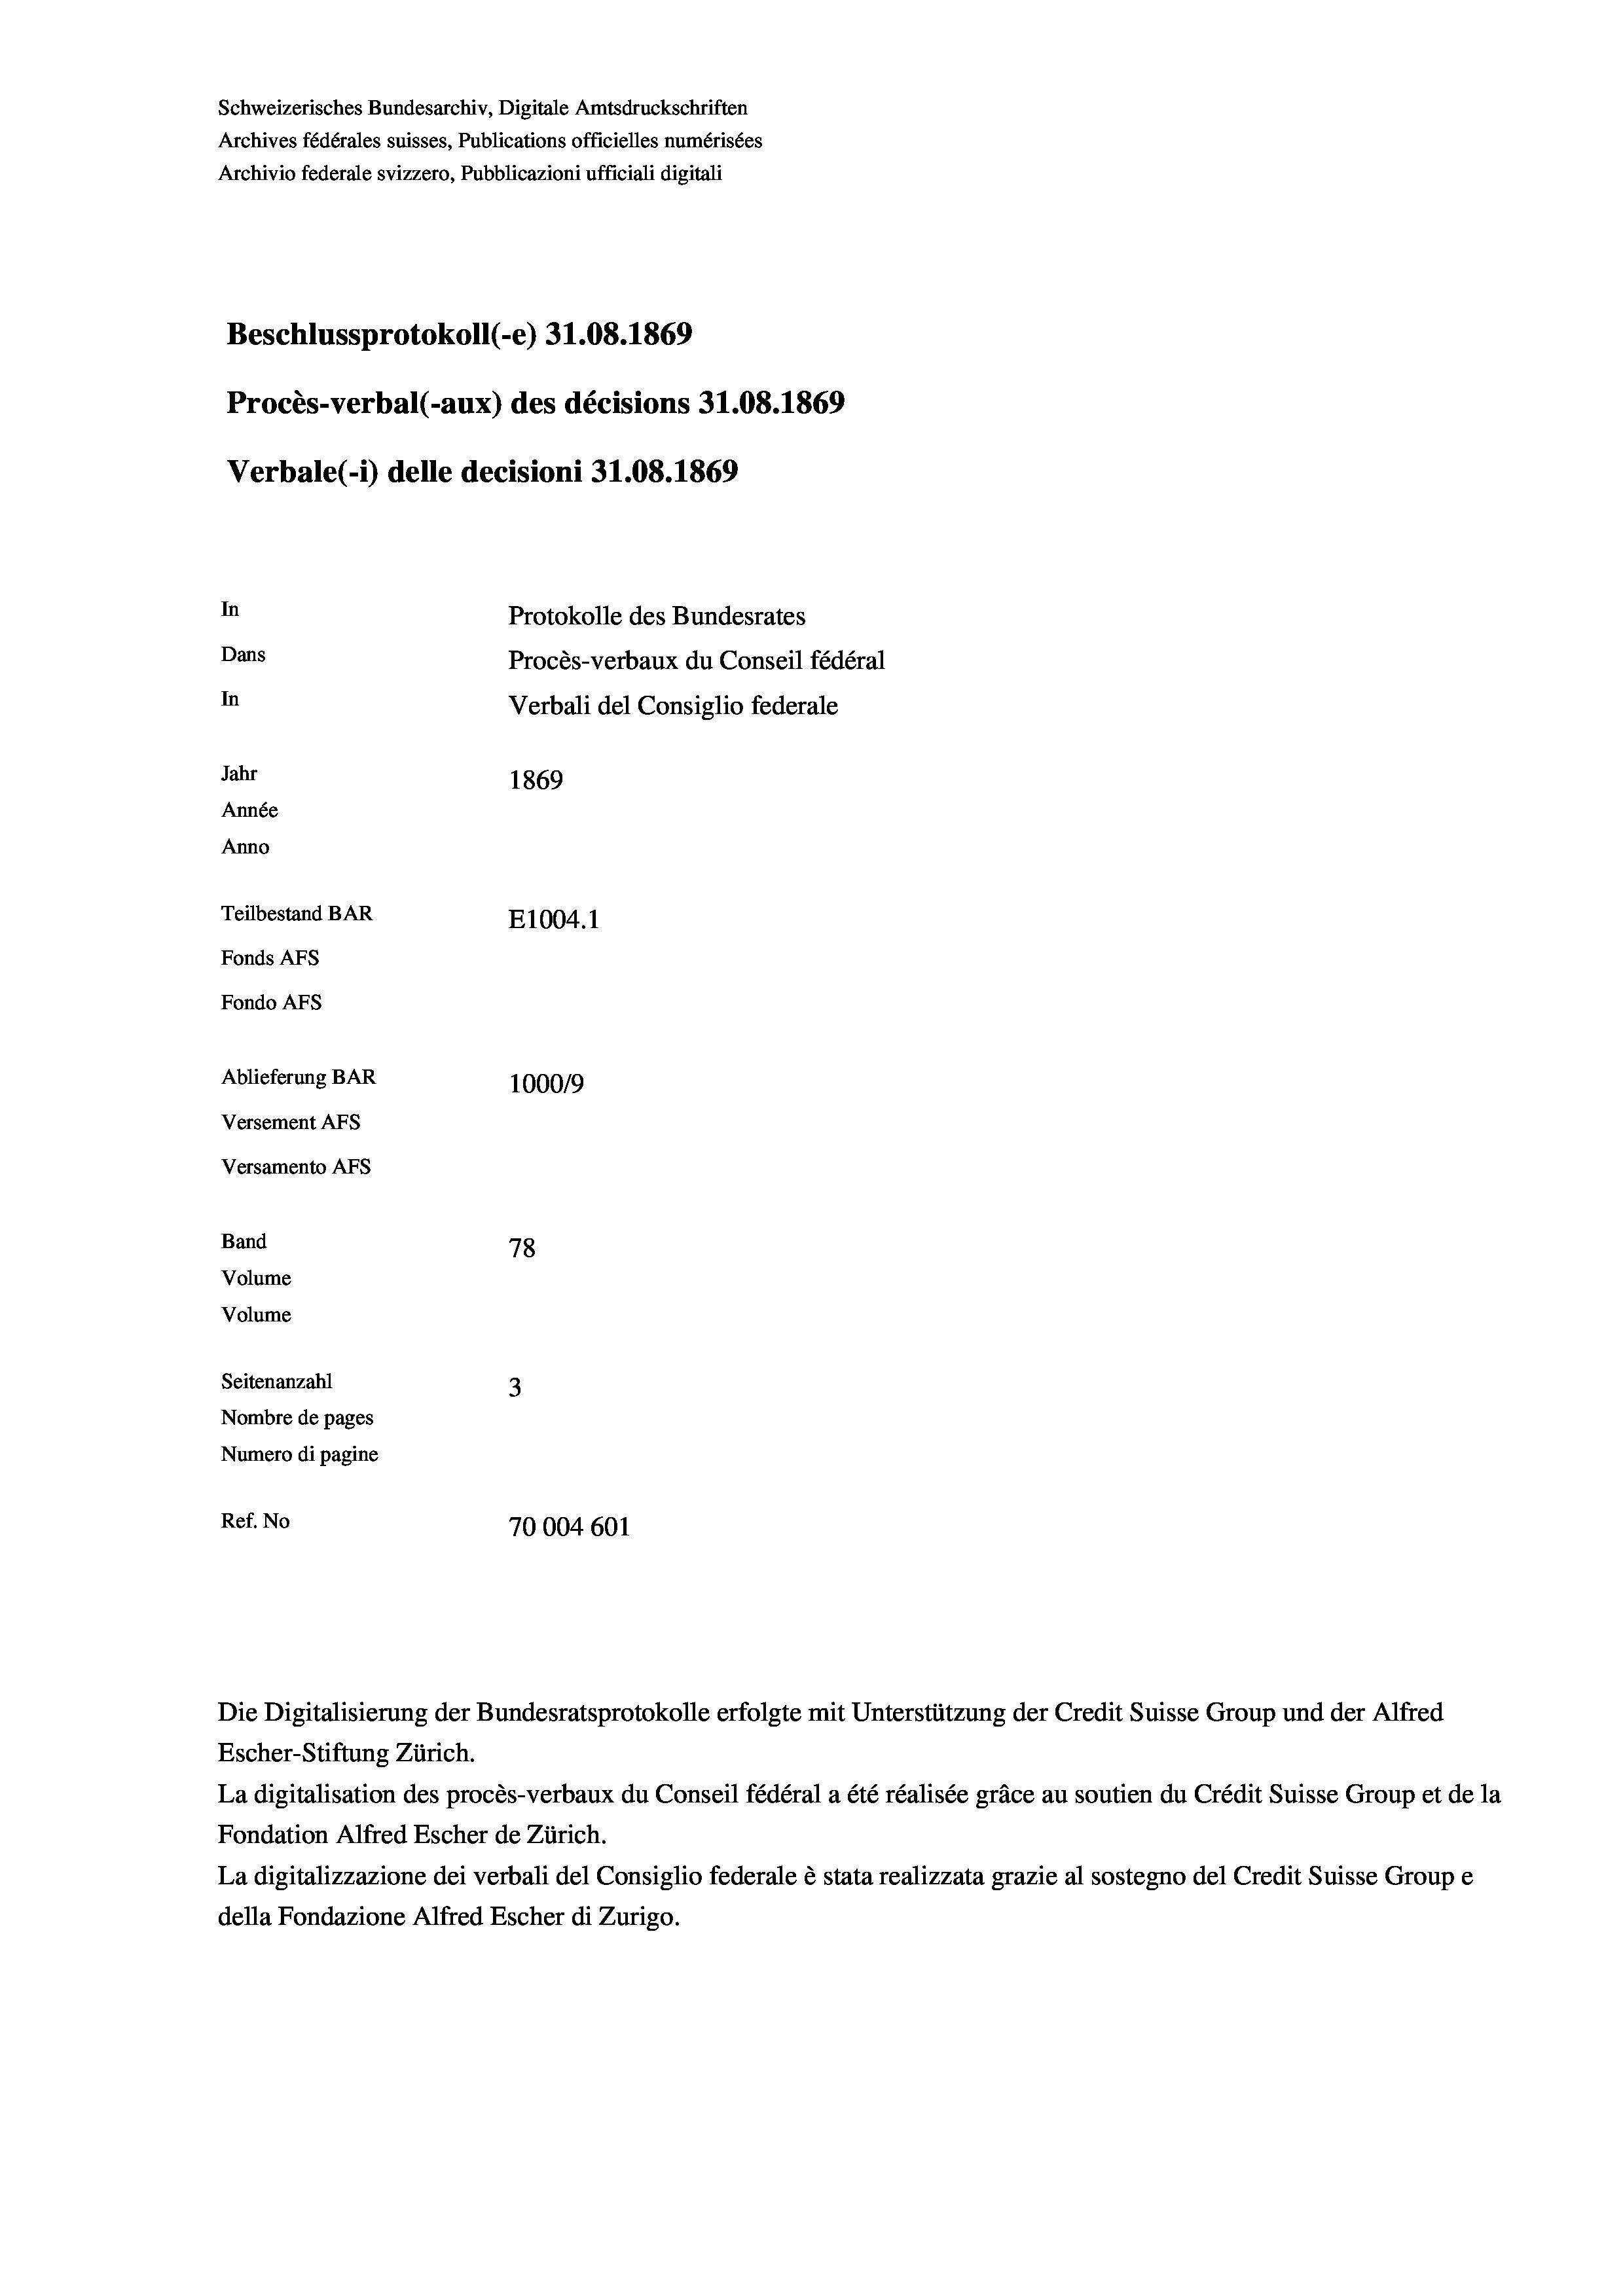
Schweizerisches Bundesarchiv, Digitale Amtsdruckschriften
Archives fédérales suisses, Publications officielles numérisées
Archivio federale svizzero, Pubblicazioni ufficiali digitali
Beschlussprotokoll (-e) 31.08. 1869
Procès-verbal (-aux) des décisions 31.08. 1869
Verbale (1) delle decisioni 31.08. 1869
In
Protokolle des Bundesrates
Dans
Procès-verbaux du Conseil fédéral
In
Jahr
1869
Année
Anno
Teilbestand BAR
E1004. 1
Fonds Afs
Fondo Afs
Ablieferung BAR
100019
Versement AFS
Versamento AFs
Band
78
Volume
Volume
Seitenanzahl
3
Nombre de pages
Numero di pagine
Ref. No
70004 601

Verbali del Consiglio federale

Die Digitalisierung der Bundesratsprotokolle erfolgte mit Unterstützung der Credit Suisse Group und der Alfred
Escher-Stiftung Zürich.
La digitalisation des procès-verbaux du Conseil fédéral a été réalisée gräce au soutien du Crédit Suisse Group et de la
Fondation Alfred Escher de Zürich.
La digitalizzazione dei verbali del Consiglio federale è stata realizzata grazie al sostegno del Credit Suisse Groupe
della Fondazione Alfred Escher di Zurigo.